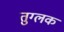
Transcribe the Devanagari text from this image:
तुग्लक